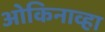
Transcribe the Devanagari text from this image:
ओकिनाव्हा